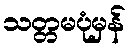
သတ္တမပုံမှန်